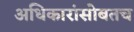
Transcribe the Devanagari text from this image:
अधिकारांसोबतच